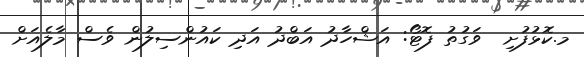
މ.ކޮޅުފުށި  ވަގުތު ފޮޓޯ: އަޝްހާދު އަބްދު އަދި ކައުންސިލުން ވެސް މާލެއަށް